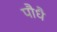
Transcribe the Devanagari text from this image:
पौधै